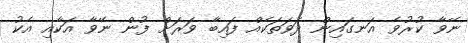
ނޭވާ ކުރުވެ އަނގައިން ދަވަތަކެއް ފައިބާ ވަރަށް ފުން ނޭވާ އަކާއި އެކު